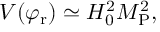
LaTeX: V ( \varphi _ { \mathrm { r } } ) \simeq H _ { 0 } ^ { 2 } M _ { \mathrm { P } } ^ { 2 } ,